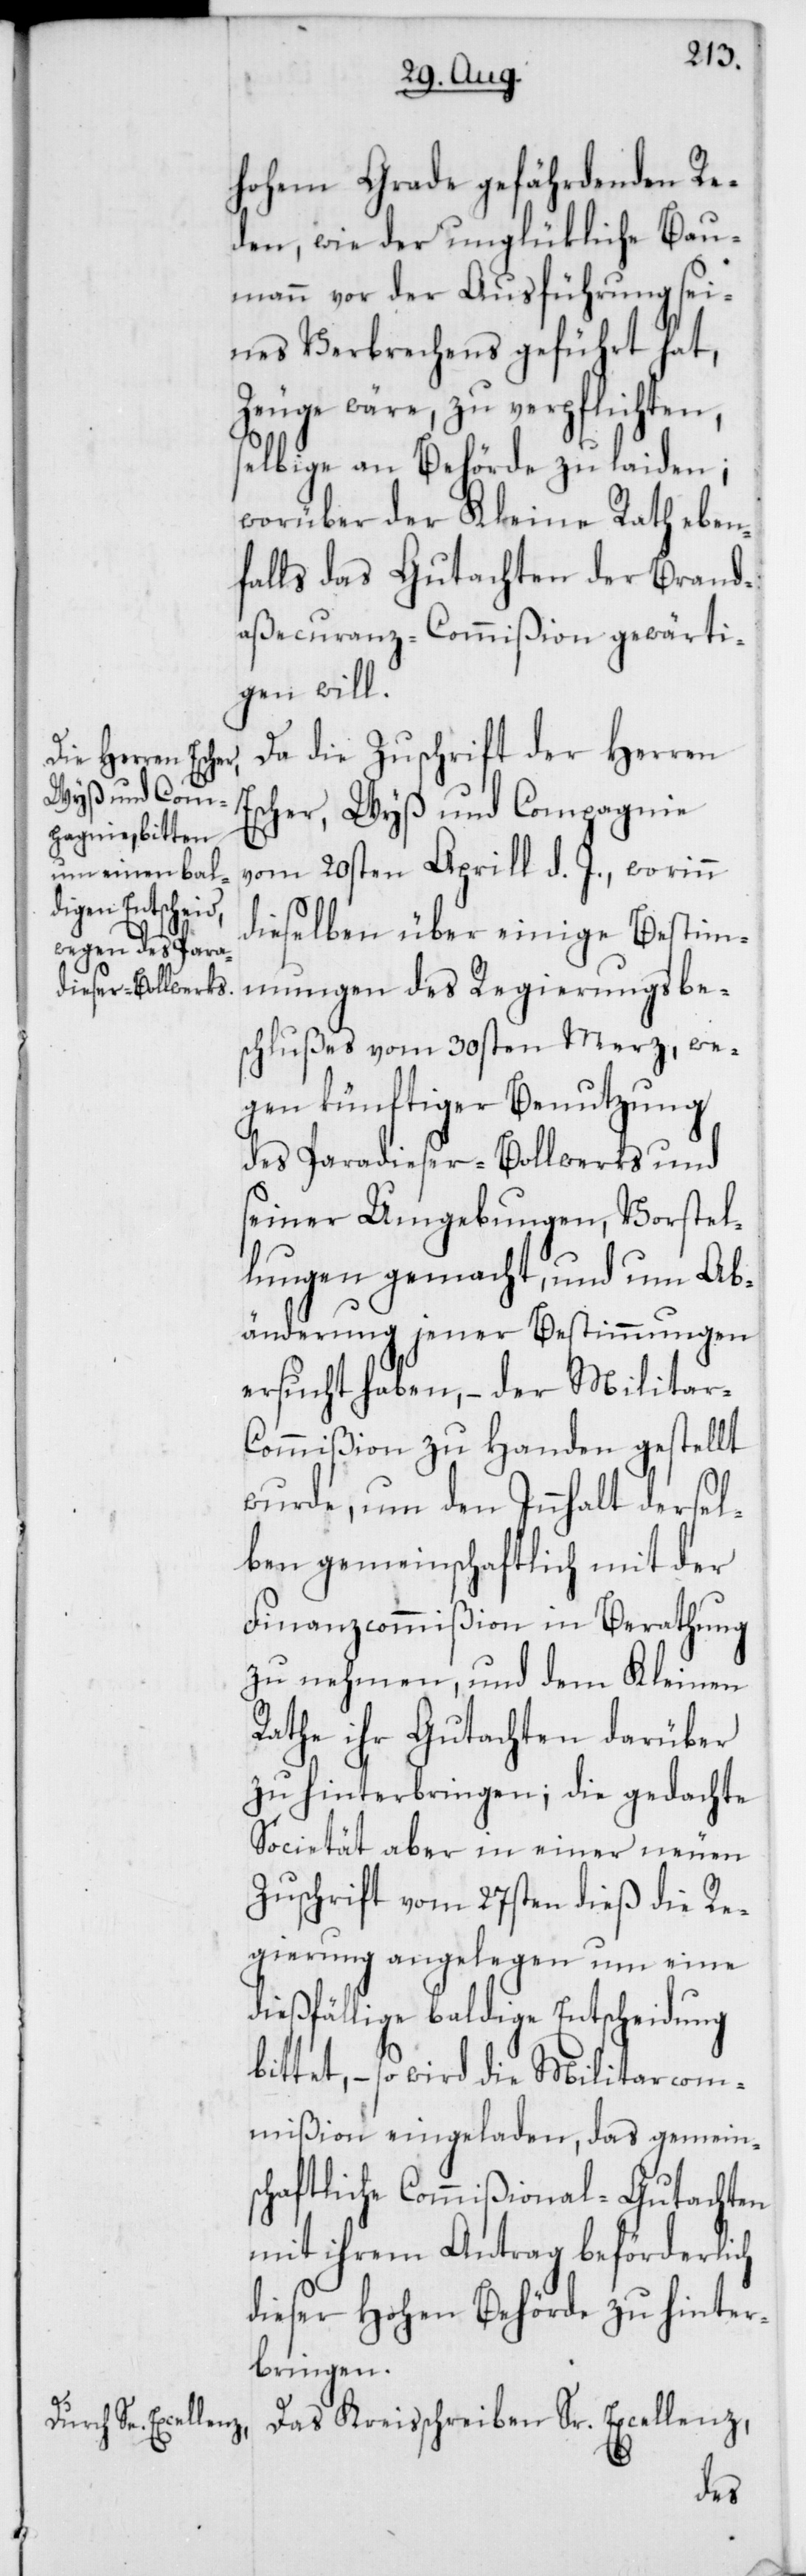
hohem Grade gefährdenden Re¬
den, wie der unglückliche Bau¬
mann vor der Ausführung sei¬
nes Verbrechens geführt hat,
Zeuge wäre, zu verpflichten,
selbige an Behörde zu laiden
worüber der Kleine Rath eben¬
falls das Gutachten der Brand¬
aßecuranz-Commißion gewärti¬
gen will.
Da die Zuschrift der Herren
Escher, Wyß und Compagnie
vom 20sten Aprill d. J., worinn
d¬
dieselben über einige Bestim¬
mungen des Regierungsbe¬
schlußes vom 30sten Merz, we¬
gen künftiger Benutzung
des Paradieser-Bollwerks und
seiner Umgebungen, Vorstel¬
lungen gemacht, und um Ab¬
änderung jener Bestimmungen
ersucht haben, – der Militar-C¬
ommißion zu Handen gestellt
wurde, um den Inhalt dersel¬
ben gemeinschaftlich mit der
Finanzcommißion in Berathung
zu nehmen, und dem Kleinen
Rathe ihr Gutachten darüber
zu hinterbringen; die gedachte
Societät aber in einer neuen
Zuschrift vom 27sten dieß die Re¬
gierung angelegen um eine
ießfällige baldige Entscheidung
bittet, – so wird die Militarcom¬
mißion eingeladen, das gemein¬
schaftliche Commißional-Gutachten
mit ihrem Antrag beförderlich
dieser Hohen Behörde zu hinter¬
bringen.
Das Kreisschreiben Sr. Excellenz,